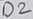
Text: D2